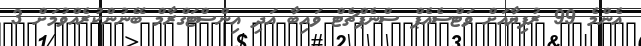
އެންމެ 99 ރުފިޔާއަށް ވަޓްސެއެޕް ސްނެޕްޗެޓް ވައިބާ އަދި އިންސްޓަގްރާމް ބޭނުންކުރެއްވުމަށް 3